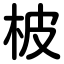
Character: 柀